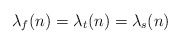
\begin{align*} \lambda_{f}(n) = \lambda_t(n) = \lambda_s(n)\end{align*}